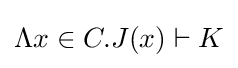
\Lambda x\in C.J(x)\vdash K